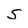
Character: S